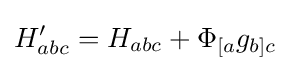
H'_{abc}=H_{abc}+\Phi _{[a}g_{b]c}